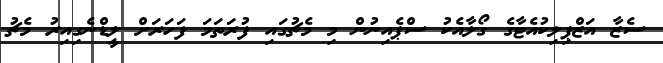
ސެޒާ އަޒްޕިލިކުއެޓާގެ ގޯލާއެކު ސްޕެއިނުން މި މެޗުގައި ފުރަތަމަ ފަހަރަށް ލީޑްނެގިއިރު މެޗު